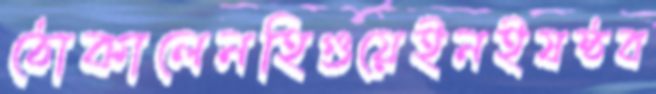
ঠোকালেনহিগুয়েইনইষষ্ঠব